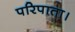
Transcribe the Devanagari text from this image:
परिपाता।